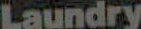
Laundry